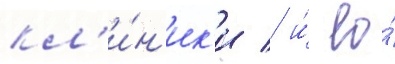
кл'и́н'ик'и / и́ ео́